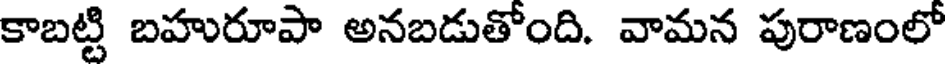
కాబట్టి బహురూపా అనబడుతోంది. వామన పురాణంలో